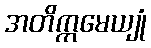
အတိက္ကမေယျုံ